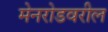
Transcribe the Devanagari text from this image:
मेनरोडवरील